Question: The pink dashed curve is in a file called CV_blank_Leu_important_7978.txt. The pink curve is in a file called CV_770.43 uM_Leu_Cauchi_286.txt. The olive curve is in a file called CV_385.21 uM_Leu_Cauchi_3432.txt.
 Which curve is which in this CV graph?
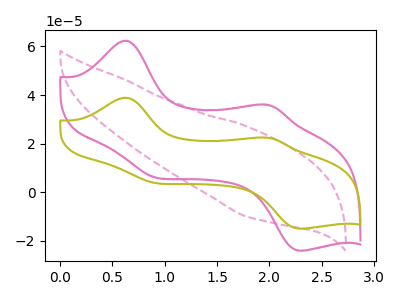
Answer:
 <answer>The pink dashed curve is labeled "Leu blank". The pink curve is labeled "Leu 770.43 uM". The olive curve is labeled "Leu 385.21 uM".</answer>
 <eval></eval>